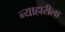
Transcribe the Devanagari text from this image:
न्याहारीला